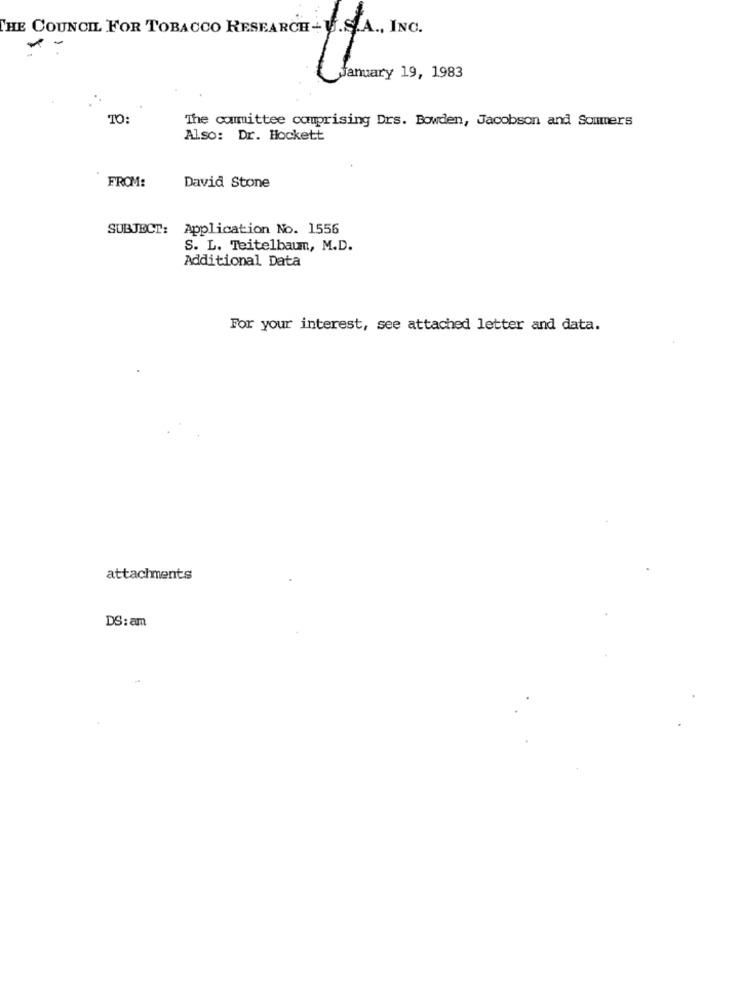
THE COUNCIL FOR TOBACCO RESEARCH- U.S.A ., ING.
January 19, 1983
TO:
The committee comprising Drs. Bowden, Jacobson and Sommers
Also: Dr. Hockett
FROM:
David Stone
SUBJECT:
Application No. 1556
S. L. Teitelbaum, M.D.
Additional Data
For your interest, see attached letter and data.
attachments
DS: am